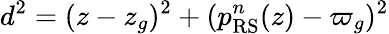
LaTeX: d^{2}=(z-z_{g})^{2}+(p_{\mathrm{RS}}^{n}(z)-\varpi_{g})^{2}